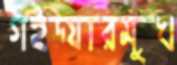
গইদ্যারমুখ